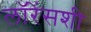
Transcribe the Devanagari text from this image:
लॉरेंसशी